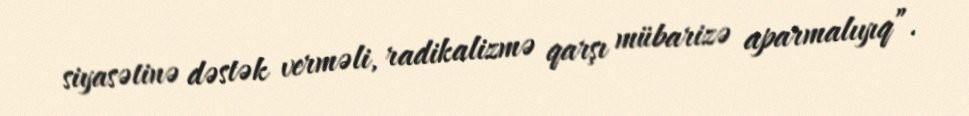
siyasətinə dəstək verməli, radikalizmə qarşı mübarizə aparmalıyıq”.